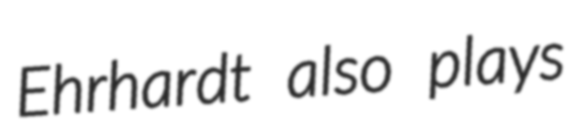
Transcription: Ehrhardt also plays